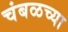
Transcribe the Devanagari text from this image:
चंबळच्या